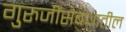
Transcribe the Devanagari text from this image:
गुरुजींसंबंधातील